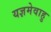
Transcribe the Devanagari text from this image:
यज्ञमेवाहु